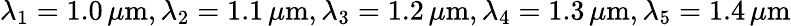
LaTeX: \lambda_{1}=1.0\, \mu\mathrm{m},\lambda_{2}=1.1\, \mu\mathrm{m},\lambda_{3}=1.2\, \mu\mathrm{m},\lambda_{4}=1.3\, \mu\mathrm{m},\lambda_{5}=1.4\, \mu\mathrm{m}